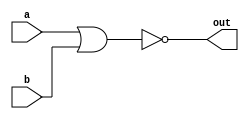
module top_module( 
    input a, 
    input b, 
    output out );
    nor (out,a,b);

endmodule